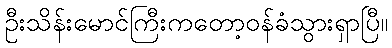
ဦးသိန်းမောင်ကြီးကတော့ဝန်ခံသွားရှာပြီ။